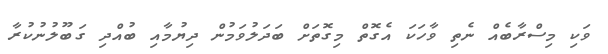
ވަކި މިސްރާބެއް ނެތި ވާހަކަ އެގޮތް މިގޮތަށް ބަދަލުވަމުން ދިޔުމާއި ބުއްދި ގަބޫލުނުކުރާ